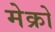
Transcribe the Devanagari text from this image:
मेक्रो